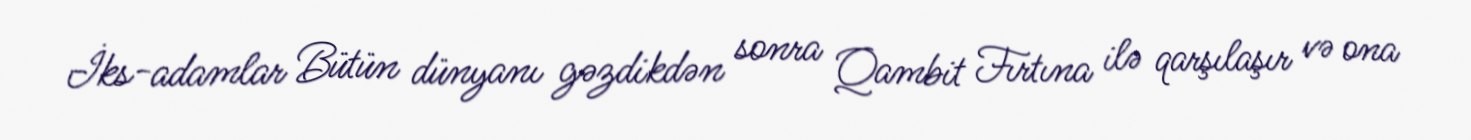
İks-adamlar Bütün dünyanı gəzdikdən sonra Qambit Fırtına ilə qarşılaşır və ona